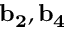
{ \bf b _ { 2 } } , { \bf b _ { 4 } }